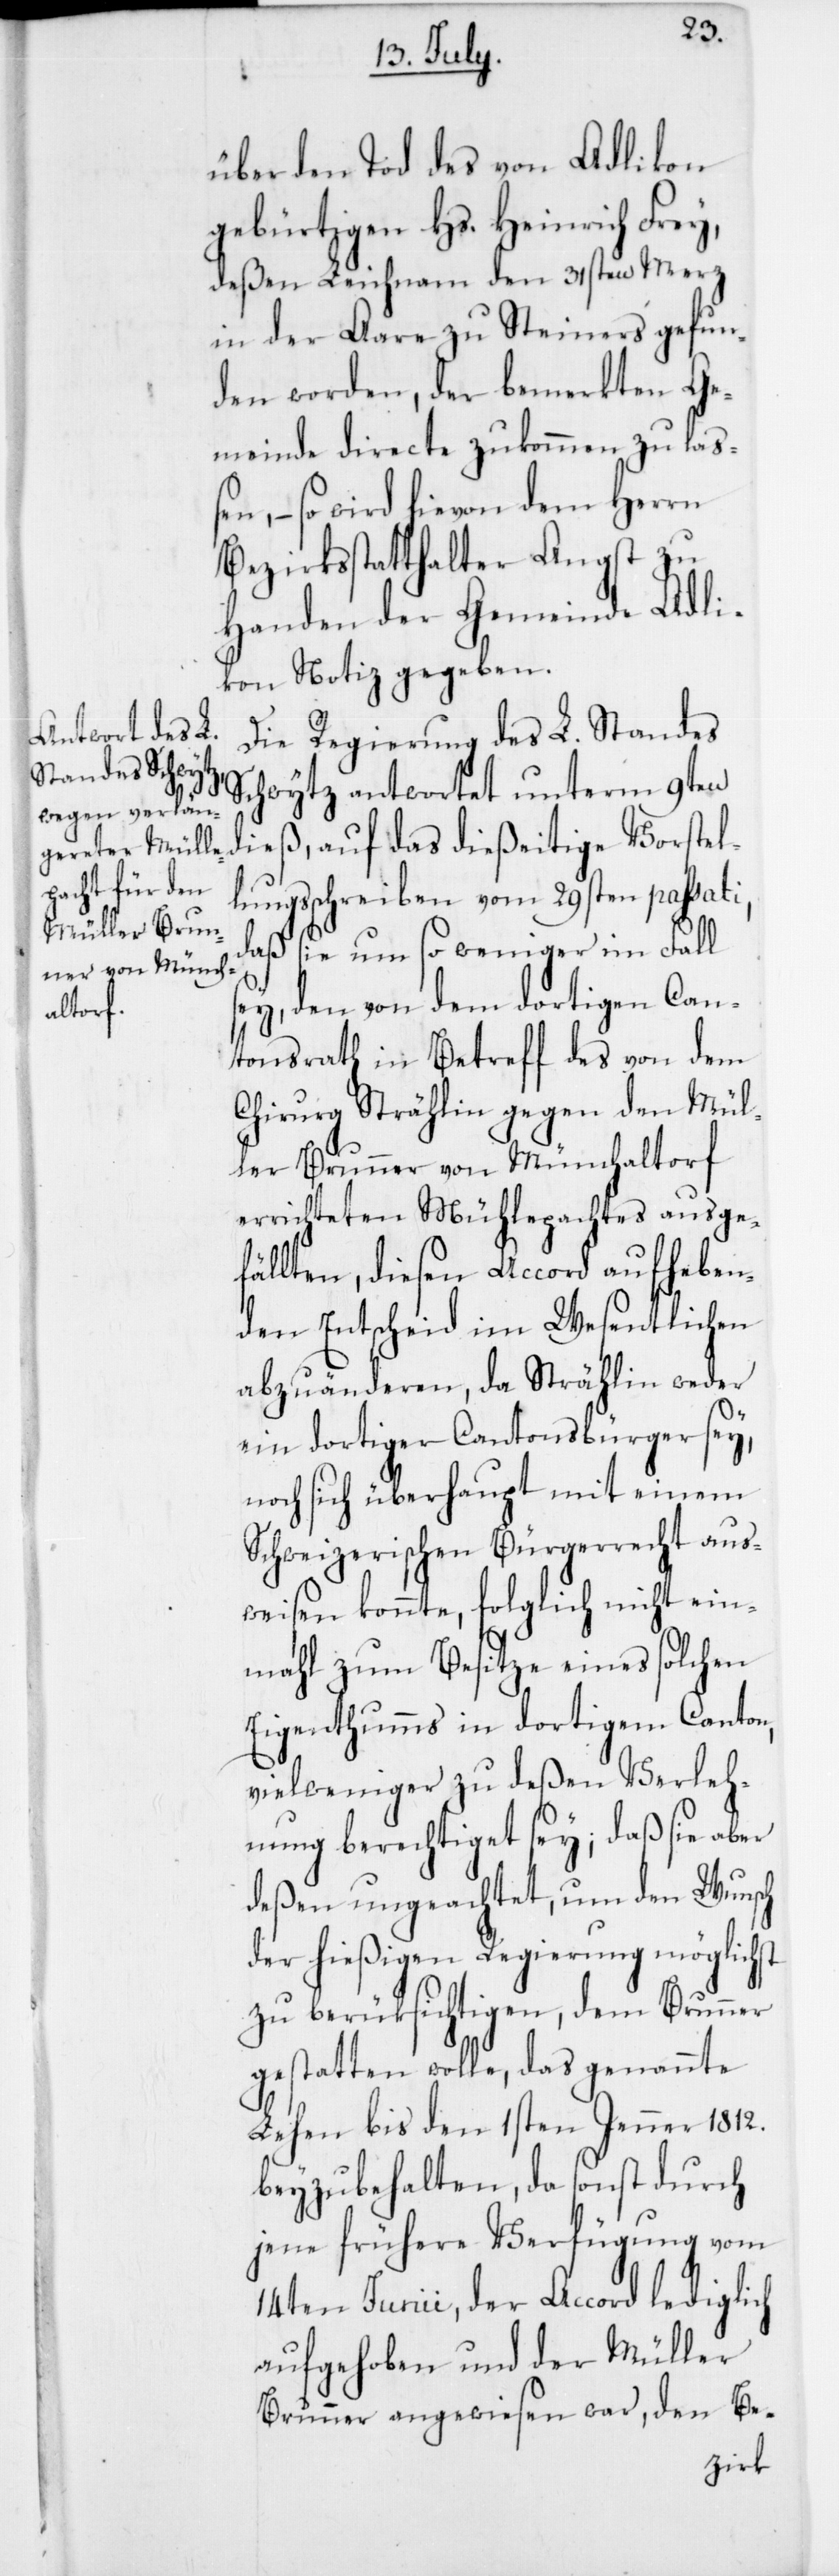
über den Tod des von Adlikon
gebürtigen Hs. Heinrich Frey,
deßen Leichnam den 31sten Merz
in der Aare zu Steiners gefun¬
den worden, der bemerkten Ge¬
meinde directe zukommen zu laße¬
n, – so wird hievon dem Herrn
Bezirksstatthalter Angst zu
Handen der Gemeinde Adli¬
kon Notiz gegeben.
Die Regierung des L. Standes
Schwytz antwortet unterm 9ten
dieß, auf das dießeitige Vorstel¬
lungsschreiben vom 29sten passati,
daß sie um so weniger im Fall
sey, den von dem dortigen Can¬
tonsrath in Betreff des von dem
Chirurg Strählin gegen den Mül¬
ler Brunner von Münchaltorf
errichteten Mühlepachtes ausge¬
fällten, diesen Accord aufheben¬
den Entscheid im Wesentlichen
abzuänderen, da Strählin weder
ein dortiger Cantonsbürger sey,
noch sich überhaupt mit einem
Schweizerischen Bürgerrecht aus¬
weisen konnte, folglich nicht ein¬
mahl zum Besitze eines solchen
Eigenthumms in dortigem Canton,
vielweniger zu deßen Verleh¬
nung berechtiget sey; daß sie aber
deßen ungeachtet, um den Wunsch
der hießigen Regierung möglichst
zu berücksichtigen, dem Brunner
gestatten wolle, das genannte
Lehen bis den 1sten Jenner 1812.
beyzubehalten, da sonst durch
jene frühere Verfügung vom
14ten Junii, der Accord lediglich
aufgehoben und der Müller
Brunner angewiesen war, den Be-